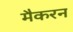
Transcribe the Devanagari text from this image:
मैकरन